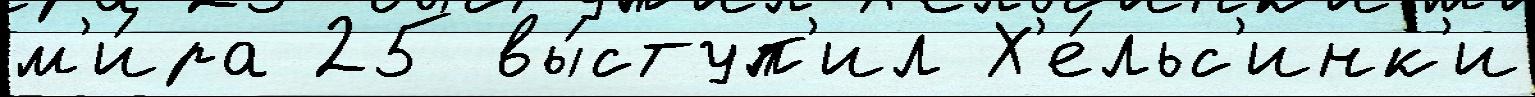
м'и́ра 25 вы́ступ'ил Х'е́льс'инк'и